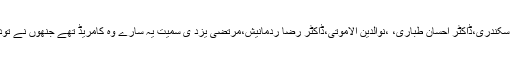
ڈاکٹر محمد بہرامی،عبدالصمد کبخش،ایرج سکندری،ڈاکٹر احسان طباری، ،نوالدین الاموتی،ڈاکٹر رضا ردمانیش،مرتضی یزد ی سمیت یہ سارے وہ کامریڈ تھے جنھوں نے تودہ پارٹی کی تشکیل اور اس کی قیادت کی ۔